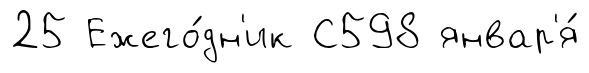
25 Ежего́дн'ик С598 январ'я́